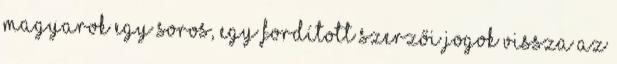
magyarok egy soros, egy fordított Szerzői jogok Vissza az